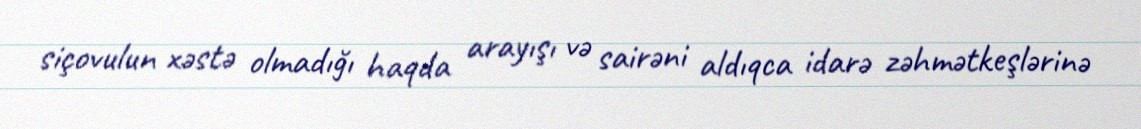
siçovulun xəstə olmadığı haqda arayışı və sairəni aldıqca idarə zəhmətkeşlərinə